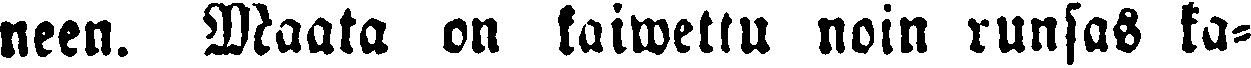
neen. Maata on kaiwettu noin runsas ka-